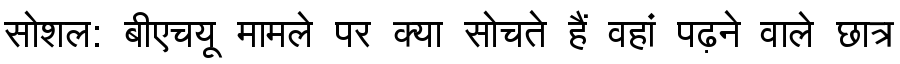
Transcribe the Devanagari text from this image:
सोशल: बीएचयू मामले पर क्या सोचते हैं वहां पढ़ने वाले छात्र